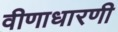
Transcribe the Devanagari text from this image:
वीणाधारणी